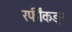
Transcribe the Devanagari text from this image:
रफींकडून